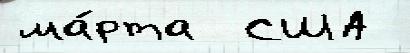
ма́рта  США